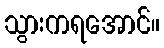
သွားကရအောင်။